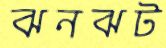
ঝনঝট